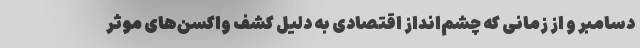
دسامبر و از زمانی که چشم‌انداز اقتصادی به دلیل کشف واکسن‌های موثر